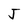
Character: J